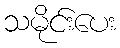
သမိုင်းပေး